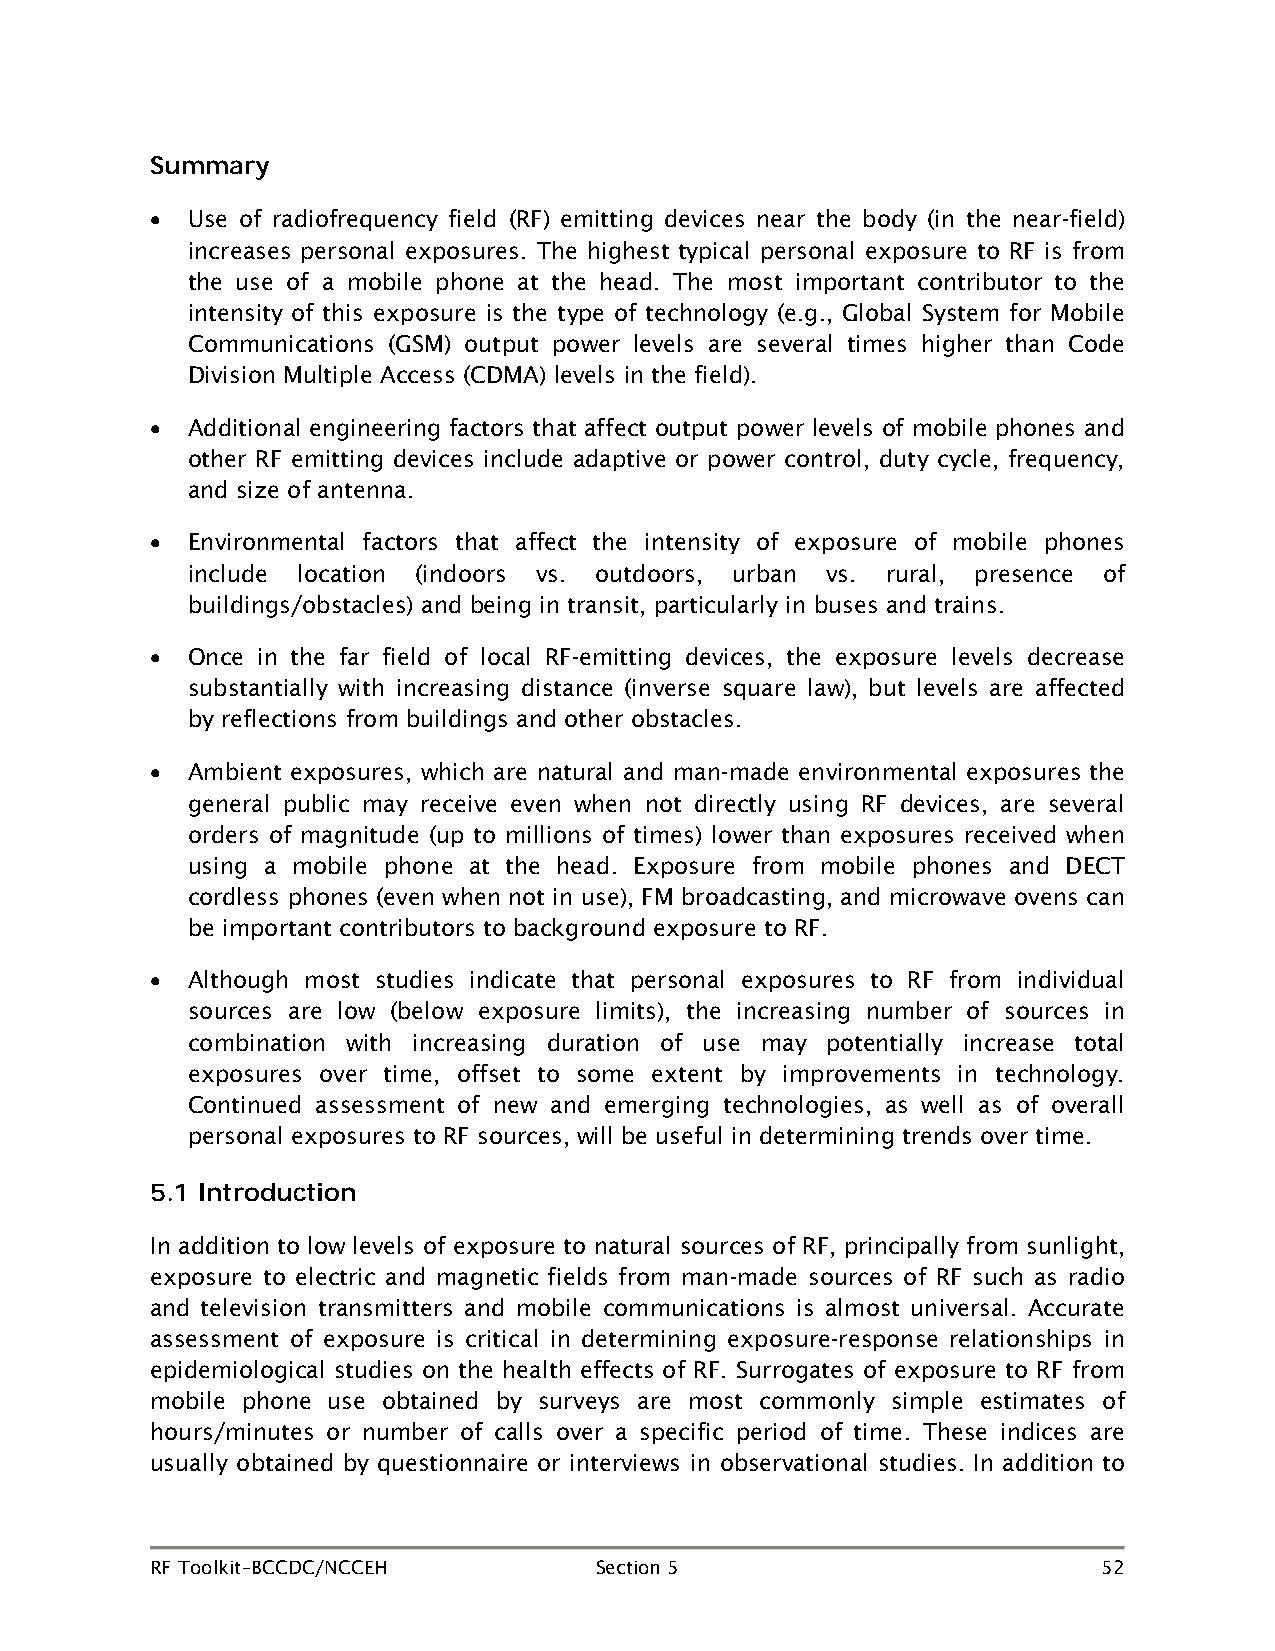
Summary
 • Use of radiofrequency field (RF) emitting devices near the body (in the near-field)
 increases personal exposures. The highest typical personal exposure to RF is from
 the use of a mobile phone at the head. The most important contributor to the
 intensity of this exposure is the type of technology (e.g., Global System for Mobile
 Communications (GSM) output power levels are several times higher than Code
 Division Multiple Access (CDMA) levels in the field).
 • Additional engineering factors that affect output power levels of mobile phones and
 other RF emitting devices include adaptive or power control, duty cycle, frequency,
 and size of antenna.
 • Environmental factors that affect the intensity of exposure of mobile phones
 include location (indoors vs. outdoors, urban vs. rural, presence of
 buildings/obstacles) and being in transit, particularly in buses and trains.
 • Once in the far field of local RF-emitting devices, the exposure levels decrease
 substantially with increasing distance (inverse square law), but levels are affected
 by reflections from buildings and other obstacles.
 • Ambient exposures, which are natural and man-made environmental exposures the
 general public may receive even when not directly using RF devices, are several
 orders of magnitude (up to millions of times) lower than exposures received when
 using a mobile phone at the head. Exposure from mobile phones and DECT
 cordless phones (even when not in use), FM broadcasting, and microwave ovens can
 be important contributors to background exposure to RF.
 • Although most studies indicate that personal exposures to RF from individual
 sources are low (below exposure limits), the increasing number of sources in
 combination with increasing duration of use may potentially increase total
 exposures over time, offset to some extent by improvements in technology.
 Continued assessment of new and emerging technologies, as well as of overall
 personal exposures to RF sources, will be useful in determining trends over time.
 5.1 Introduction
 In addition to low levels of exposure to natural sources of RF, principally from sunlight,
 exposure to electric and magnetic fields from man-made sources of RF such as radio
 and television transmitters and mobile communications is almost universal. Accurate
 assessment of exposure is critical in determining exposure-response relationships in
 epidemiological studies on the health effects of RF. Surrogates of exposure to RF from
 mobile phone use obtained by surveys are most commonly simple estimates of
 hours/minutes or number of calls over a specific period of time. These indices are
 usually obtained by questionnaire or interviews in observational studies. In addition to
 RF Toolkit–BCCDC/NCCEH       Section 5                         52